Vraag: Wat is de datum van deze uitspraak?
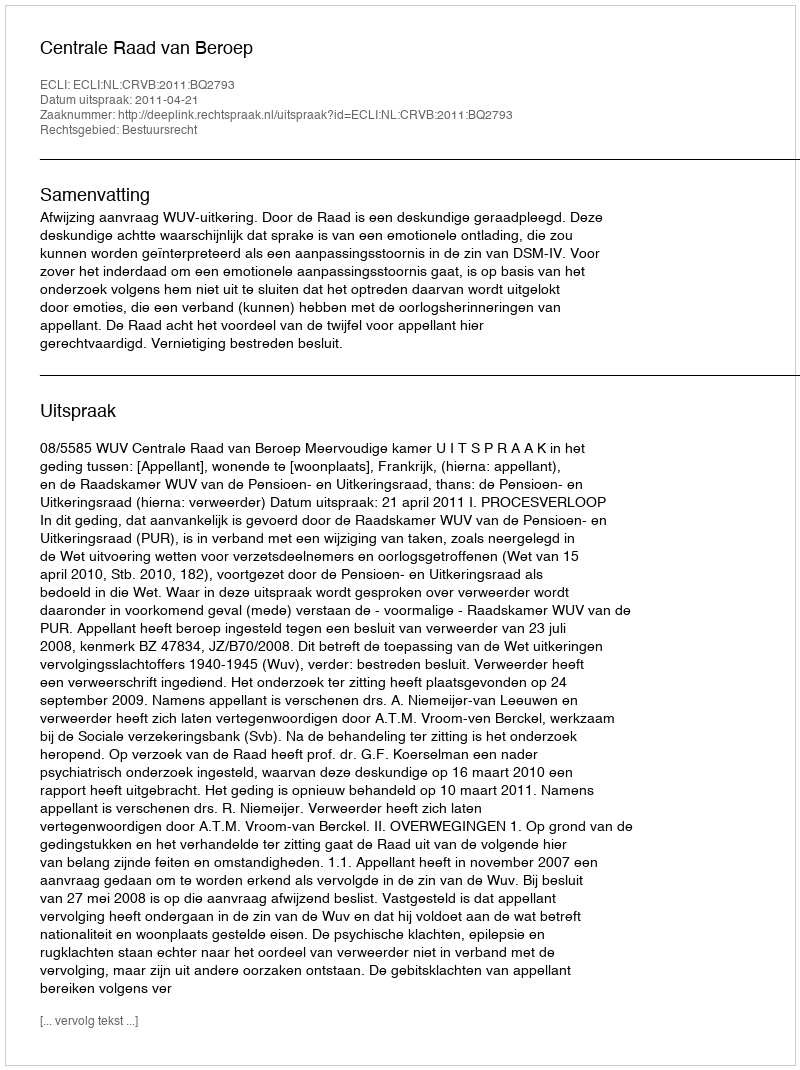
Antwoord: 2011-04-21